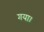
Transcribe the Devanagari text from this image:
गया।